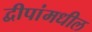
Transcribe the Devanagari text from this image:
द्वीपांमधील